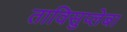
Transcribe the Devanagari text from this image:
ताविसुप्लेबा